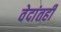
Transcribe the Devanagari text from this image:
वेदांतही